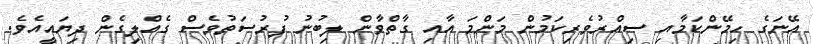
އޭނަގެ ހިމޭންކަމާއި ސިއްރުވެރިކަމުން މަންމަ އާއި ގާތްވާން ލިބުނު ފުރުސަތުވެސް ގެއްލިގެން ދިޔައީއެވެ.